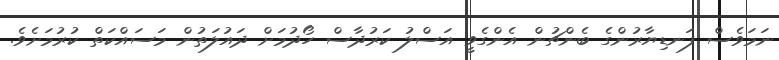
ނަމަވެސް ފަނޑިޔާރުންގެ ބެންޗުން އެންގެވީ އަސްލު ކަރުދާސް ހޯދުމަށް ދައުލަތުން މަސައްކަތް ކުރުމަށެވެ.